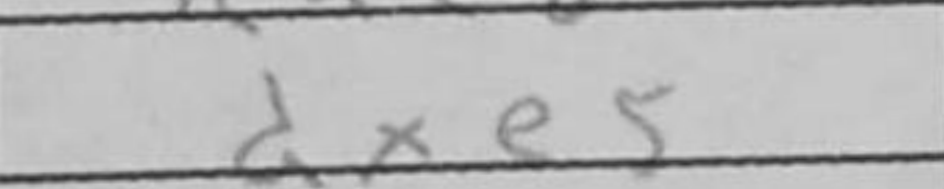
Transcription: dxe5